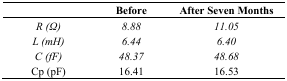
|  | Before | After Seven Months |
 | --- | --- | --- |
 | R (Ω) | 8.88 | 11.05 |
 | L (mH) | 6.44 | 6.40 |
 | C (fF) | 48.37 | 48.68 |
 | Cp (pF) | 16.41 | 16.53 |